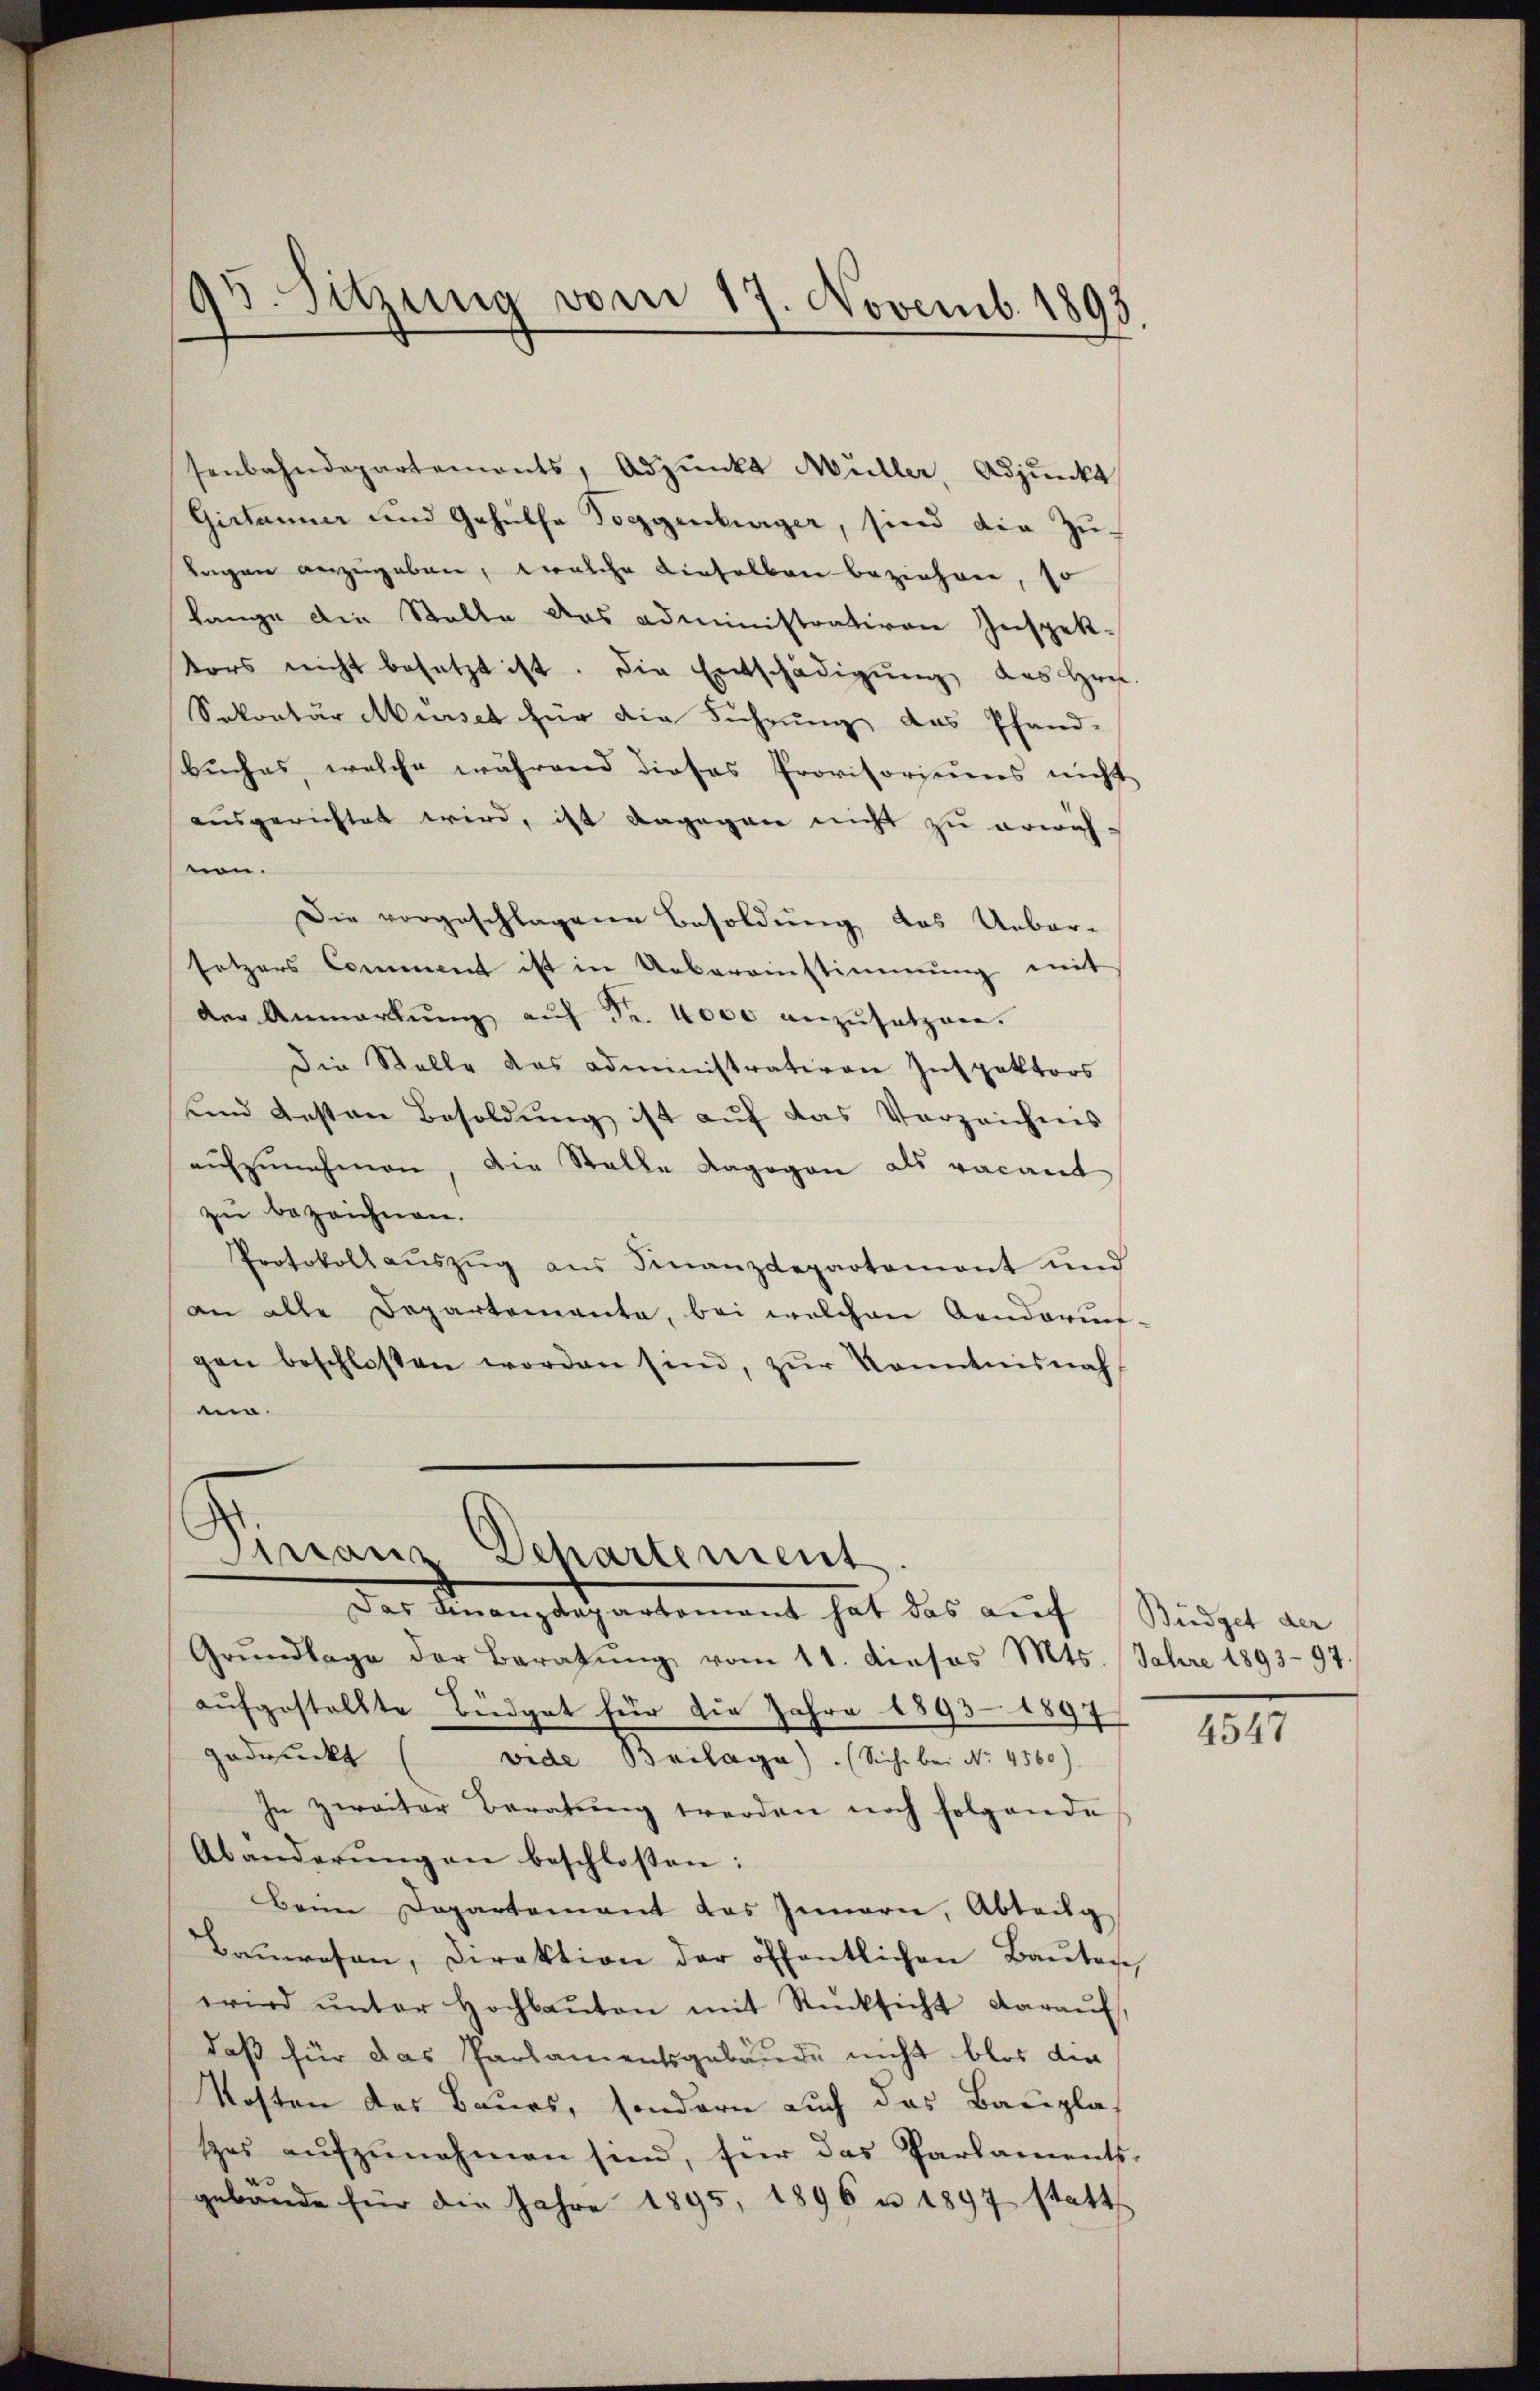
95. Sitzung vom 17. Novemb. 1893.

senbahndepartemonts, Adjunkt Müller, Adjunkt
Gistanner und Gehülfe Toggenburger, sind die Zŭ-
Tagen anzugeben, welche dieselben beziehen, so
Lange die Stelle das administrativen Inspek-
tors nicht besetzt ist. Die Entschädigŭng des Hrn.
Sekretär Musset für die Führung das Pfand-
buches, welche während dieses Provisoriums nicht
ausgerichtet wird, ist dagegen nicht zu erwich-
non.
Die vorgeschlagene Besoldung das Ueber-
setzers Comment ist in Uebereinstimmung mit
der Anmarkung auf Fr. 4000 anzusetzen.
Die Stelle das administrativen Inspektors
unnd gesten Besoldŭng ist aŭf das Verzeichnis
aŭfzŭnehmen, die Stalle dagegen als vacant
zu bezeichnen.
Protokoll aŭszŭg aŭs Finanzdepartement und
an alle Departemente, bei welchen Aenderun-
gen beschlossen worden sind, zŭr Kenntnisnah
.

Pirranz Departement
Das Kanzlichartement hat das auf Sturzel an

Grŭndlage der Beratŭng vom 11. dieses Mts. Jahre 189397.
aufgestellte Büdget für die Jahre 1893 1897
gedruckt (vide Beilage). (Siche bei No. 4560).
In zweiter Beratung werden noch folgende
Abänderŭngen beschloßen:
Beim Departement des Innern, Abteilg
Baŭwesen, Direktion der öffentlichen Baŭten,
wird ŭnter Hochbaŭten mit Rücksicht daraŭf,
daß für das Parlamentsgebäude nicht blos die
Kosten das Baues, sondern auch das Bauplas
tzes aŭfzŭnehmen sind, für das Parlaments-
gebäude für die Jahre 1895, 1896 u. 1897 statt

4547